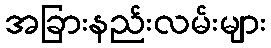
အခြားနည်းလမ်းများ